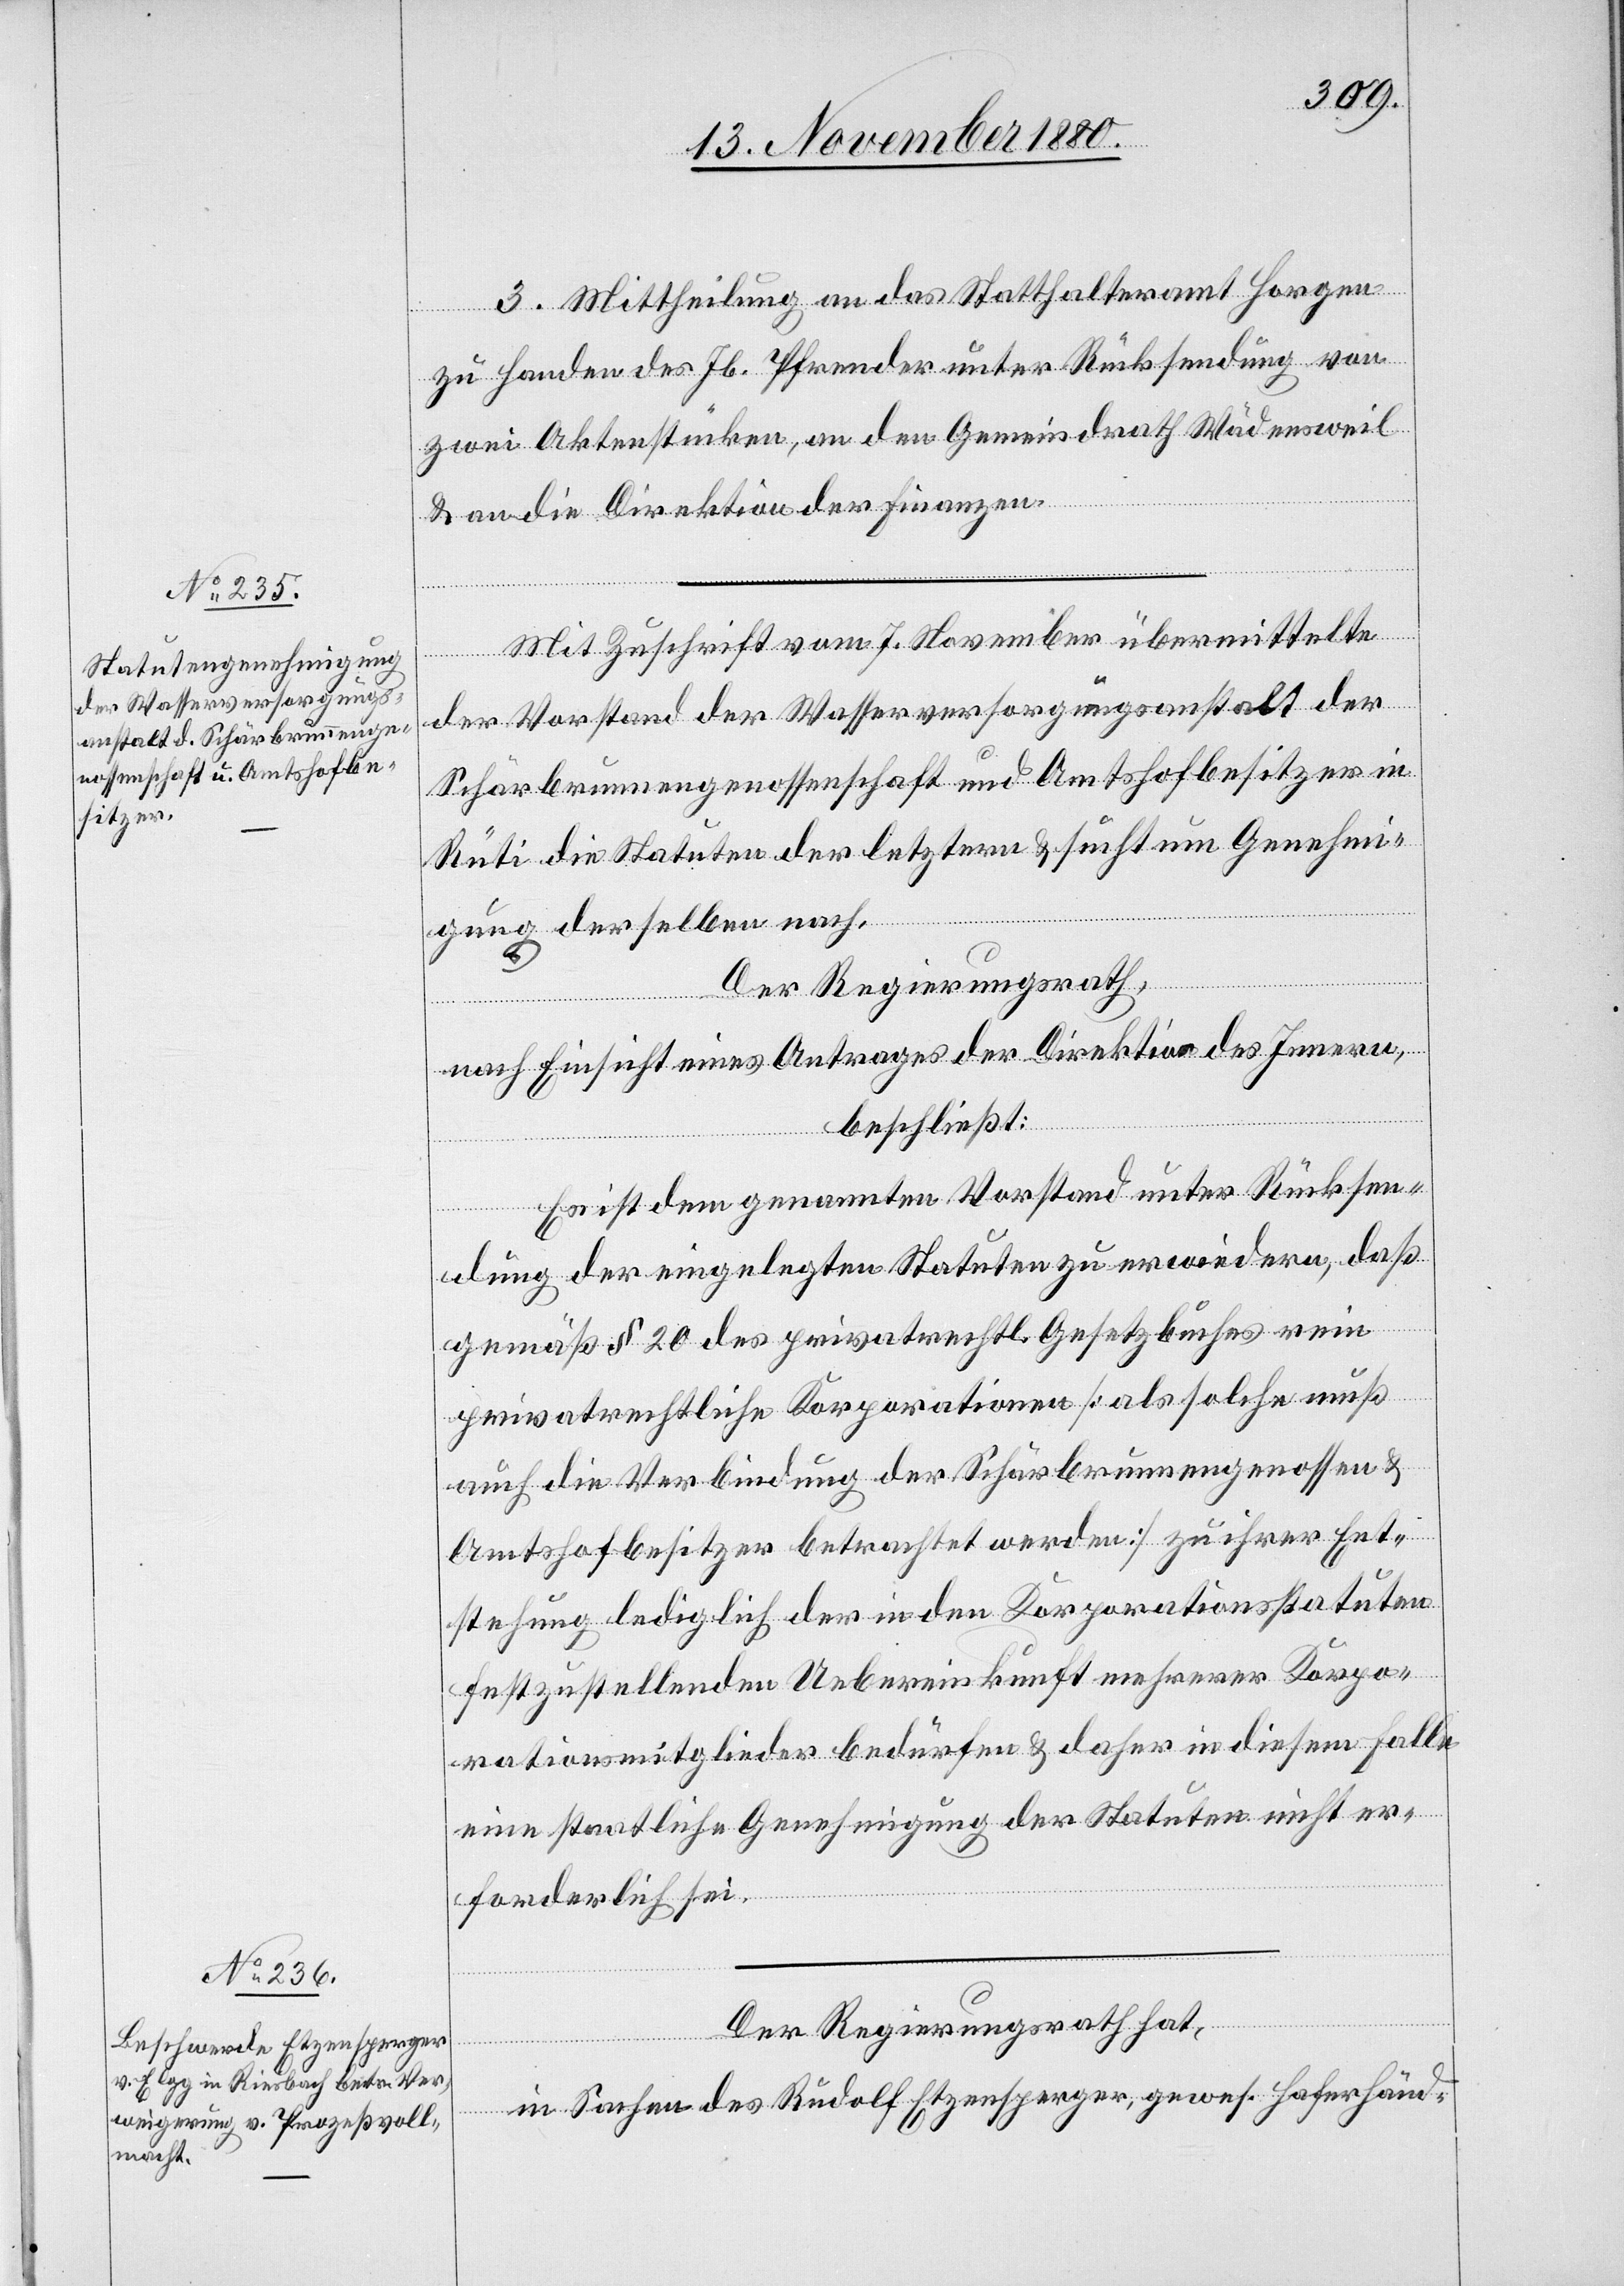
3. Mittheilung an das Statthalteramt Horgen
zu Handen des Jb. Pfrender unter Rücksendung von
zwei Aktenstücken, an den Gemeindrath Wädensweil
& an die Direktion der Finanzen.
Mit Zuschrift vom 7. November übermittelte
der Vorstand der Wasserversorgungsanstalt der
Schärbrunnengenossenschaft und Amtshofbesitzers in
Rüti die Statuten der letztern & sucht um Genehmi¬
gung derselben nach.
Der Regierungsrath,
schaft
nach Einsicht eines Antrages der Direktion des Innern,
beschließt:
Es ist dem genannten Vorstand unter Rücksen¬
dung der eingelegten Statuten zu erwiedern, daß
gemäß § 20 des privatrechtl. Gesetzbuches rein
privatrechtliche Korporationen [als solche muß
auch die Verbindung der Schärbrunnengenossen¬
Amtshofbesitzer betrachtet werden] zu ihrer Ent¬
stehung lediglich der in den Korporationsstatuten
festzustellenden Uebereinkunft mehrerer Korpo¬
rationsmitglieder bedürfen & daher in diesem Falle
eine staatliche Genehmigung der Statuten nicht er¬
forderlich sei.
Der Regierungsrath hat,
in Sachen des Rudolf Etzensperger, gewes. Haferhänd-